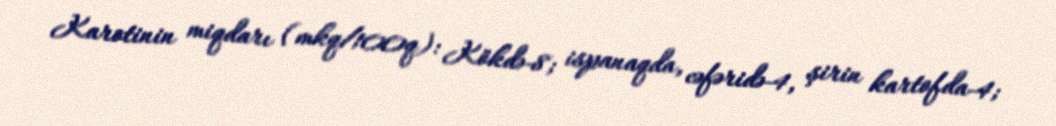
Karotinin miqdarı (mkq/100q): Kökdə-8; ispanaqda, cəfəridə-4, şirin kartofda-4;